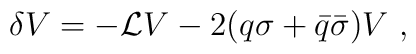
\delta V=-{\mathcal L} V -2(q\sigma+{\bar q}{\bar\sigma})V\ ,